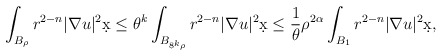
\begin{align*}\int_{B_{\rho}} r^{2-n} |\nabla u|^2 \d x &\leq \theta^k \int_{B_{8^k\rho}} r^{2-n} |\nabla u|^2 \d x \leq \frac{1}{\theta} \rho^{2\alpha} \int_{B_1} r^{2-n} |\nabla u|^2 \d x,\end{align*}